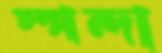
স্পন্দা